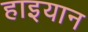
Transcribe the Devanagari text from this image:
हाइयान